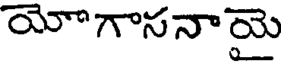
యోగాసనాయై